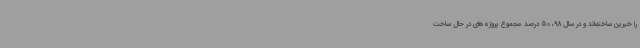
را خیرین ساخته‌اند و در سال 98، 50 درصد مجموع پروژه‌های در حال ساخت